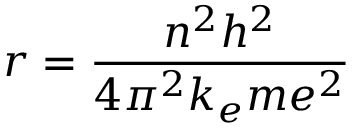
r = { \frac { n ^ { 2 } h ^ { 2 } } { 4 \pi ^ { 2 } k _ { e } m e ^ { 2 } } }